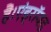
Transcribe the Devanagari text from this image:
हैं।एंड्रॉयड